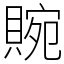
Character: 䝹